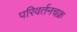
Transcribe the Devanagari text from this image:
परिवर्तनचक्र